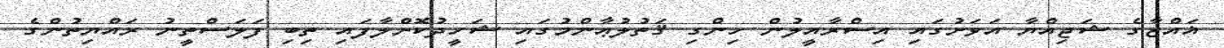
ޣައްޒާގެ ޝަޖިއްޔާ އަވަށުގައި އިސްރާއީލުން ހިންގި ޤަތުލުޢާންމުގައި ޝަހީދުކޮށްލާފައި ތިބި ފަލަސްތީނު ރައްޔިތުންގެ